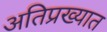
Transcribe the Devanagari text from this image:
अतिप्रख्यात